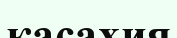
касахия